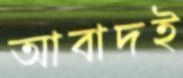
আবাদই